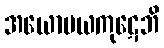
အယောမယကုဋေဘိ